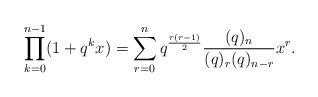
LaTeX: \begin{align*} \prod_{k=0}^{n-1} (1+q^kx)=\sum_{r=0}^n q^{\frac{r(r-1)}{2}} \frac{(q)_{n}}{(q)_{r}(q)_{n-r}} x^r. \end{align*}